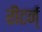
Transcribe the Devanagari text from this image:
रीटर्न्